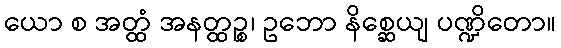
ယော စ အတ္ထံ အနတ္ထဉ္စ၊ ဥဘော နိစ္ဆေယျ ပဏ္ဍိတော။